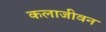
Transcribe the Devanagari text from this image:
कलाजीवन